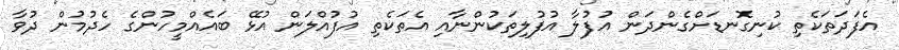
އެފަދަތަކެތި ކުނިގޮނޑަށްގެންދަން އުފުލާ އުފުލިތަކުންނާއި އެތަކެތި އުފުއްލަން އުޅޭ ބައެއްމީހުންގެ ހެދުމުން ދުވާ